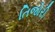
તિજોરી